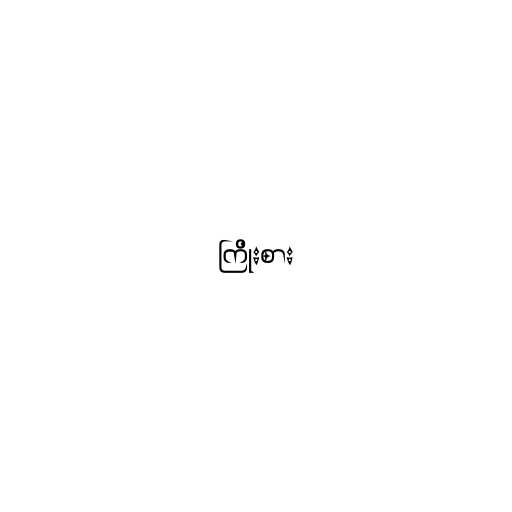
ကြိုးစား